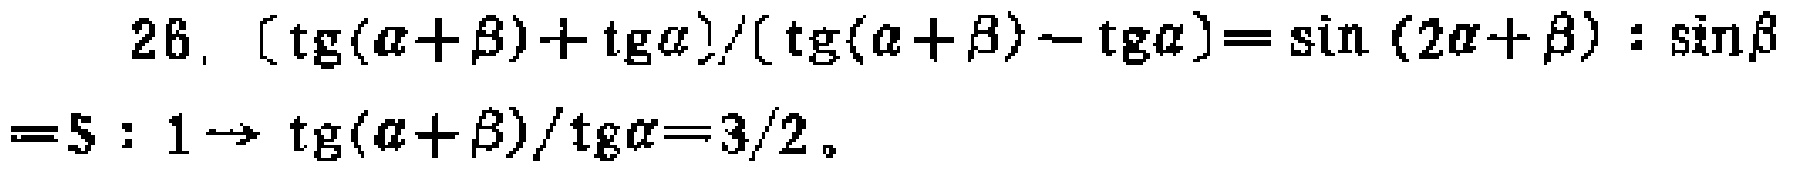
\[
\begin{align*}
&26.\ \frac{\mathrm{tg}(\alpha + \beta)+\mathrm{tg}\alpha}{\mathrm{tg}(\alpha + \beta)-\mathrm{tg}\alpha}=\sin(2\alpha + \beta):\sin\beta\\
&=5:1\rightarrow\frac{\mathrm{tg}(\alpha + \beta)}{\mathrm{tg}\alpha}=\frac{3}{2}
\end{align*}
\]